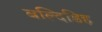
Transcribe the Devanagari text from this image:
बल्दिडिह